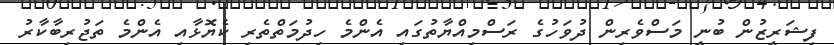
ފިޝަރީޒުން ބުނީ މަސްވެރިން ދުވަހުގެ ރަސްމިއްޔާތުގައި އެންމެ ހިދުމަތްތެރި ކެޔޮޅާއި އެންމެ ތަޖުރިބާކާރު